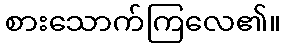
စားသောက်ကြလေ၏။